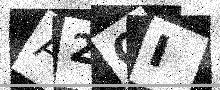
Text: A2QI